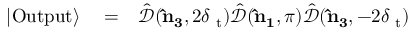
\begin{array} { r l r } { | \mathrm { O u t p u t } \rangle } & { { } = } & { \hat { \mathcal { D } } ( { \bf \hat { n } _ { 3 } } , 2 \delta { \it \Psi } _ { \mathrm { t } } ) \hat { \mathcal { D } } ( { \bf \hat { n } _ { 1 } } , \pi ) \hat { \mathcal { D } } ( { \bf \hat { n } _ { 3 } } , - 2 \delta { \it \Psi } _ { \mathrm { t } } ) } \end{array}